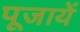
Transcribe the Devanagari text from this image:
पूजायें